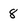
Character: 8